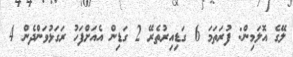
ލޭގެ އޮލަމިން: ފުރަތަމަ 6 ގަޑިއިރުތެރޭ 2 ގަޑިން އެއަށްފަހު ރަގަޅުވަންދެން 4